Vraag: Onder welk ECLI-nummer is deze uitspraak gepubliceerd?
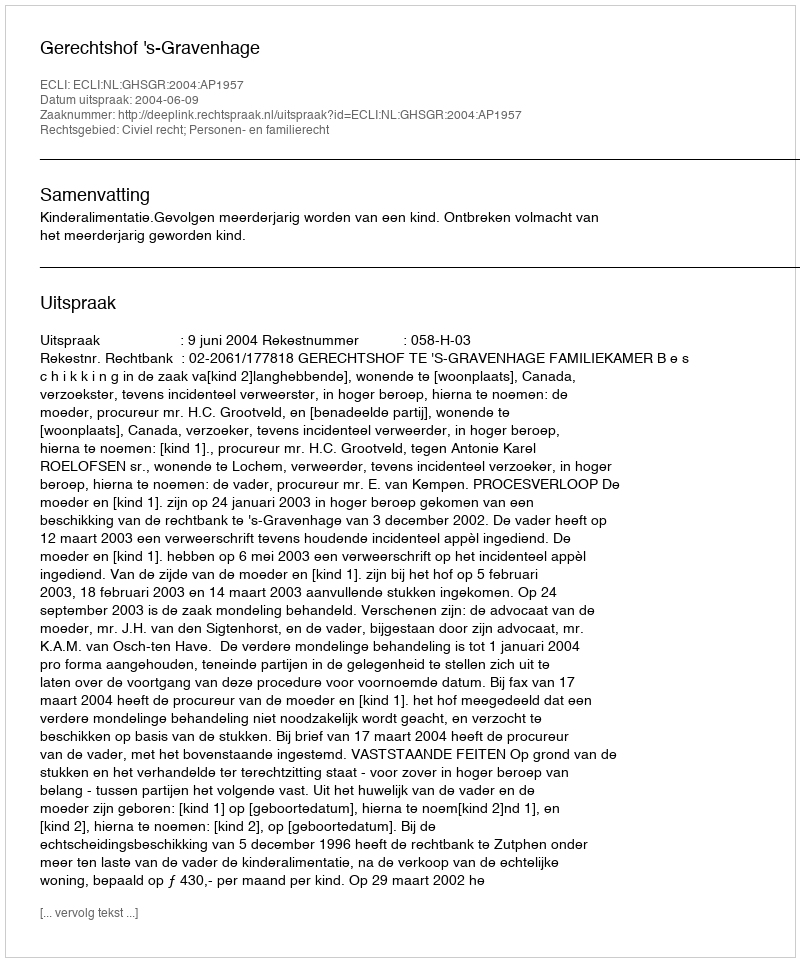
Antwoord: ECLI:NL:GHSGR:2004:AP1957